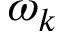
\omega _ { k }